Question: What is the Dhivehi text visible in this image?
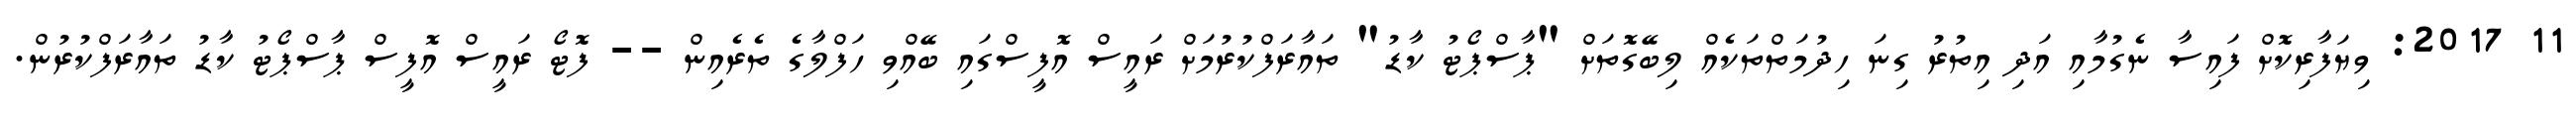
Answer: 11 2017: ވިޔަފާރިކޮށް ފައިސާ ނެގުމާއި އަދި އިތުރު ގިނަ ހިދުމަތްތަކެއް ލިބޭގޮތަށް "ޕާސްޕޯޓު ކާޑު" ތައާރަފްކުރުމަށް ރައީސް އޮފީސްގައި ބޭއްވި ހަފްލާގެ ތެރެއިން -- ފޮޓޯ ރައީސް އޮފީސް ޕާސްޕޯޓު ކާޑު ތައާރަފްކުރުން.